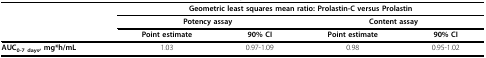
<table><thead><tr><td></td><td colspan="4"><b>Geometric least squares mean ratio: Prolastin-C versus Prolastin</b></td></tr><tr><td></td><td colspan="2"><b>Potency assay</b></td><td colspan="2"><b>Content assay</b></td></tr><tr><td></td><td><b>Point estimate</b></td><td><b>90% CI</b></td><td><b>Point estimate</b></td><td><b>90% CI</b></td></tr></thead><tbody><tr><td><b>AUC<sub>0-7 days</sub>, mg*h/mL</b></td><td>1.03</td><td>0.97-1.09</td><td>0.98</td><td>0.95-1.02</td></tr></tbody></table>